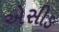
એસીઙ